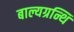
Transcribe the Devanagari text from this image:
बाल्यग्रन्थि